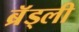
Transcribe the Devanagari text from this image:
ब्रॅड्ली